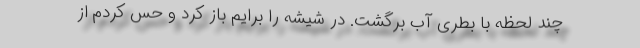
چند لحظه با بطری آب برگشت. در شیشه را برایم باز کرد و حس کردم از